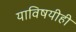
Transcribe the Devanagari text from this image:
याविषयीही